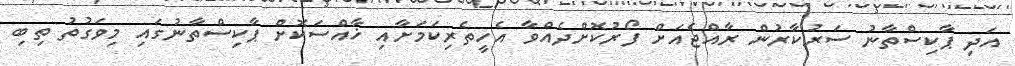
އަދި ޕާކިސްތާނު ސަރުކާރުން ރާއްޖެއަށް ފޯރުކޮށްދެއްވާ އެހީތެރިކަމަށާއި ޚާއްސަކޮށް ޕާކިސްތާނުގައި މިވަގުތު ތިބި